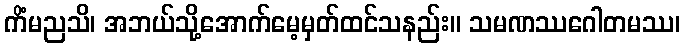
ကိံမညသိ၊ အဘယ်သို့အောက်မေ့မှတ်ထင်သနည်း။ သမဏဿဂေါတမဿ၊